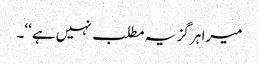
میرا ہر گز یہ مطلب نہیں ہے‘‘۔